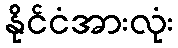
နိုင်ငံအားလုံး